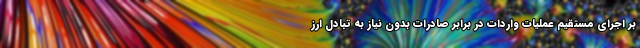
بر اجرای مستقیم عملیات واردات در برابر صادرات بدون نیاز به تبادل ارز